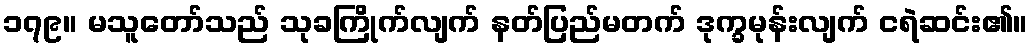
၁၇၉။ မသူတော်သည် သုခကြိုက်လျက် နတ်ပြည်မတက် ဒုက္ခမုန်းလျက် ငရဲဆင်း၏။